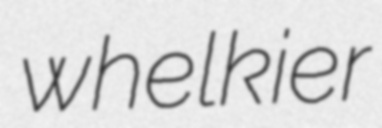
whelkier